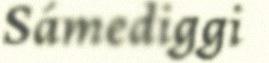
Sámediggi